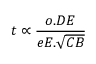
t \propto { \frac { o . D E } { e E . { \sqrt { C B } } } }